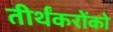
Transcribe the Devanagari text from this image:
तीर्थंकरोंको